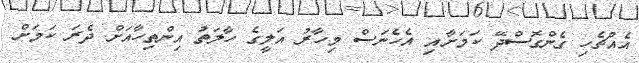
އެއްޗެހި ގެންގޮސްދޭ ކަމަށާއި އެހެނަސް މިހާރު އަލީގެ ހާލަތު އިންތިހާއަށް ދެރަ ކަމަށް